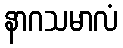
နာဂသမာလံ